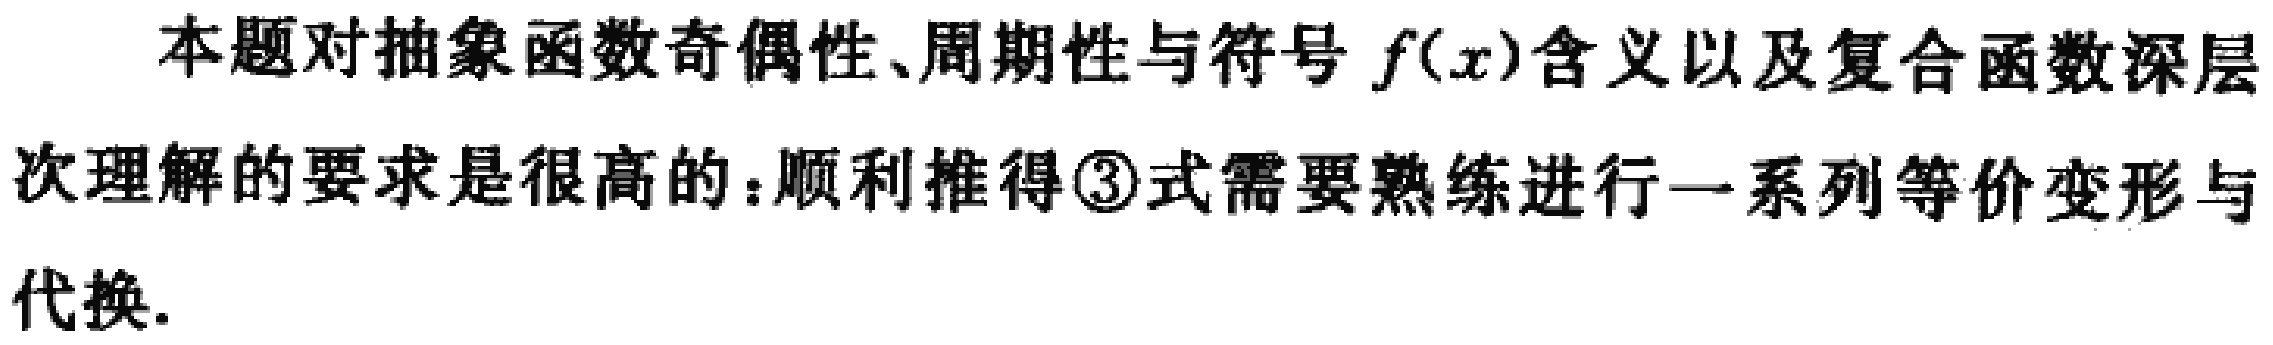
本题对抽象函数奇偶性、周期性与符号 \(f(x)\)含义以及复合函数深层次理解的要求是很高的：顺利推得\textcircled{3}式需要熟练进行一系列等价变形与代换.